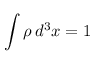
\int \rho \, d ^ { 3 } x = 1